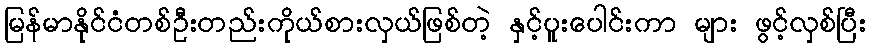
မြန်မာနိုင်ငံတစ်ဦးတည်းကိုယ်စားလှယ်ဖြစ်တဲ့ နှင့်ပူးပေါင်းကာ များ ဖွင့်လှစ်ပြီး